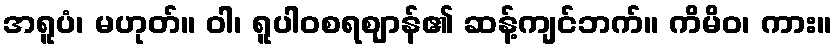
အရူပံ၊ မဟုတ်။ ဝါ၊ ရူပါဝစရဈာန်၏ ဆန့်ကျင်ဘက်။ ကိမိဝ၊ ကား။